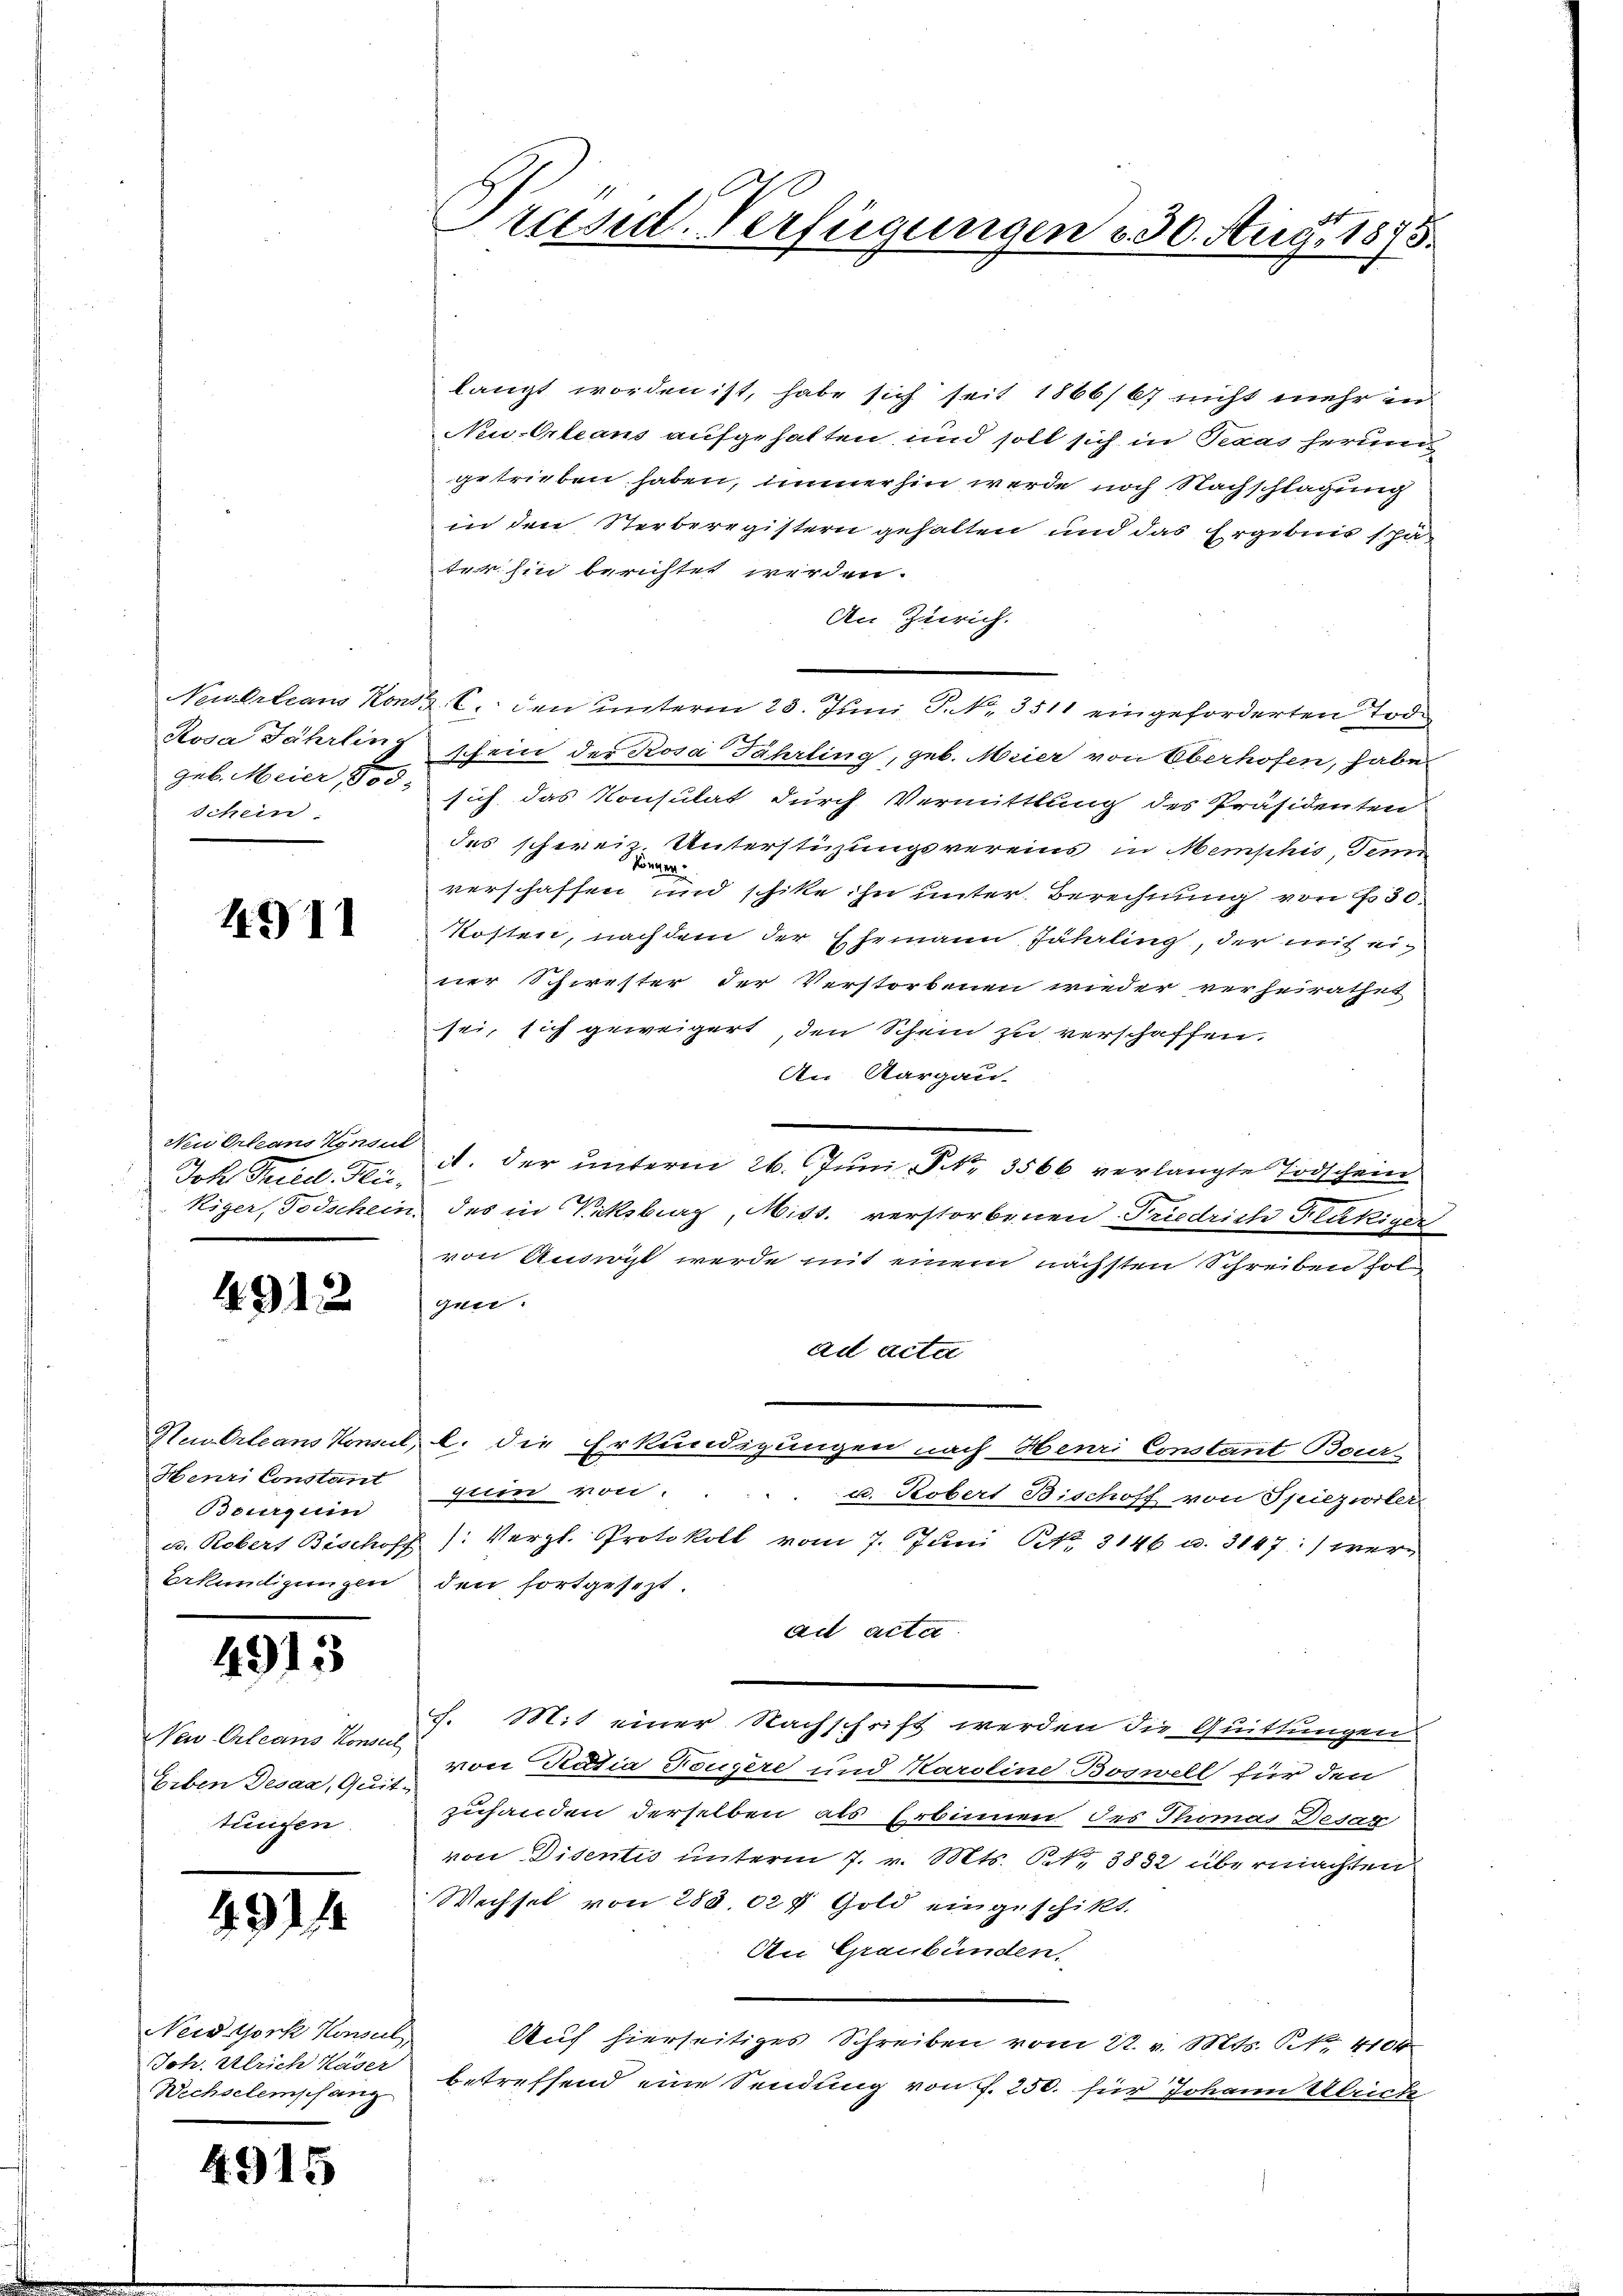
Schein

4911

Neu Orleans Konsul
Joh. Fried Hei¬

4912

Neu Orleans Konnet,
Henri Constant
Bourquin
u. Robers Bischofz
Erkundigungen

4913

NNeu Orleans Konsul
Eiben Desaa, Quit
täufen.

49114

Neid York Konsul
Joh. Ulrich Kaser
Wechselemschang

4.315

Praesid. Verfügungen v. 30. Aug. 1875.

langt worden ist, habe sich seit 1866/67 nicht mehr in
Neu-Orleans aufgehalten, und soll sich in Texas herung
getrieben haben, immerhin werde noch Nachschlagung
in den Sterberegistern gehalten und das Ergebnis schäter hin berichtet werden.
An Zürich.
Neuerleans Konst C. den unterm 23. Juni, P. Nr. 3511 eingeforderten Tode
Rosa Jährling schein der Rosa Jährling, geb. Meier von Oberhofen, habe
geb. Meier, 100 sich das Konsulat durch Vermittlung des Präsidenten
des schweiz. Unterstüzungsvereins in Memphis, demn
verschaffen und schikte ihn unter Berechnung von Fr. 50
kosten, nachdem der Ehemann Jährling, der mit einer Schwester der Verstorbenen wieder verheirathet
sei, sich geweigert, den Schein zu verschaffen.
An Aargau
. der unterm 26. Juni, No. 3566 verlangte Todschein
kiger, Todschein des in Wicksburg, Miss. verstorbenen Friedrich Frukiger
von Ansicht werde mit einem nächsten Schreiben sol
gen.
ad acta
l. die Erkundigungen nach Henri Constant Bour-
zum von
u. Robert Bischoff von Spiezwiler-
 /: Vergl. Protokoll vom 7. Juni NNo. 8146 u. 3147) werden fortgesezt.
ad acta
7. Mit einer Nachschrift werden die Quittungen
von Ratia Tougère und Karoline Boswell für den
zuhanden derselben als Erbinnen des Thomas Desag
von Disentis unterm 7. v. Mts. S. 3832 übermachten
Wechsel von 288. 027 Gold eingeschikt.
An Graubünden.
Auf hierseitiges Schreiben vom 22. v. Mts. Nr. 4104
betreffend eine Sendung von f. 250. für Johann Ulrich